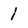
Character: 1